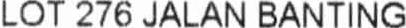
LOT 276 JALAN BANTING